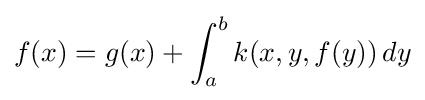
f(x)=g(x)+\int _{a}^{b}k(x,y,f(y))\,dy